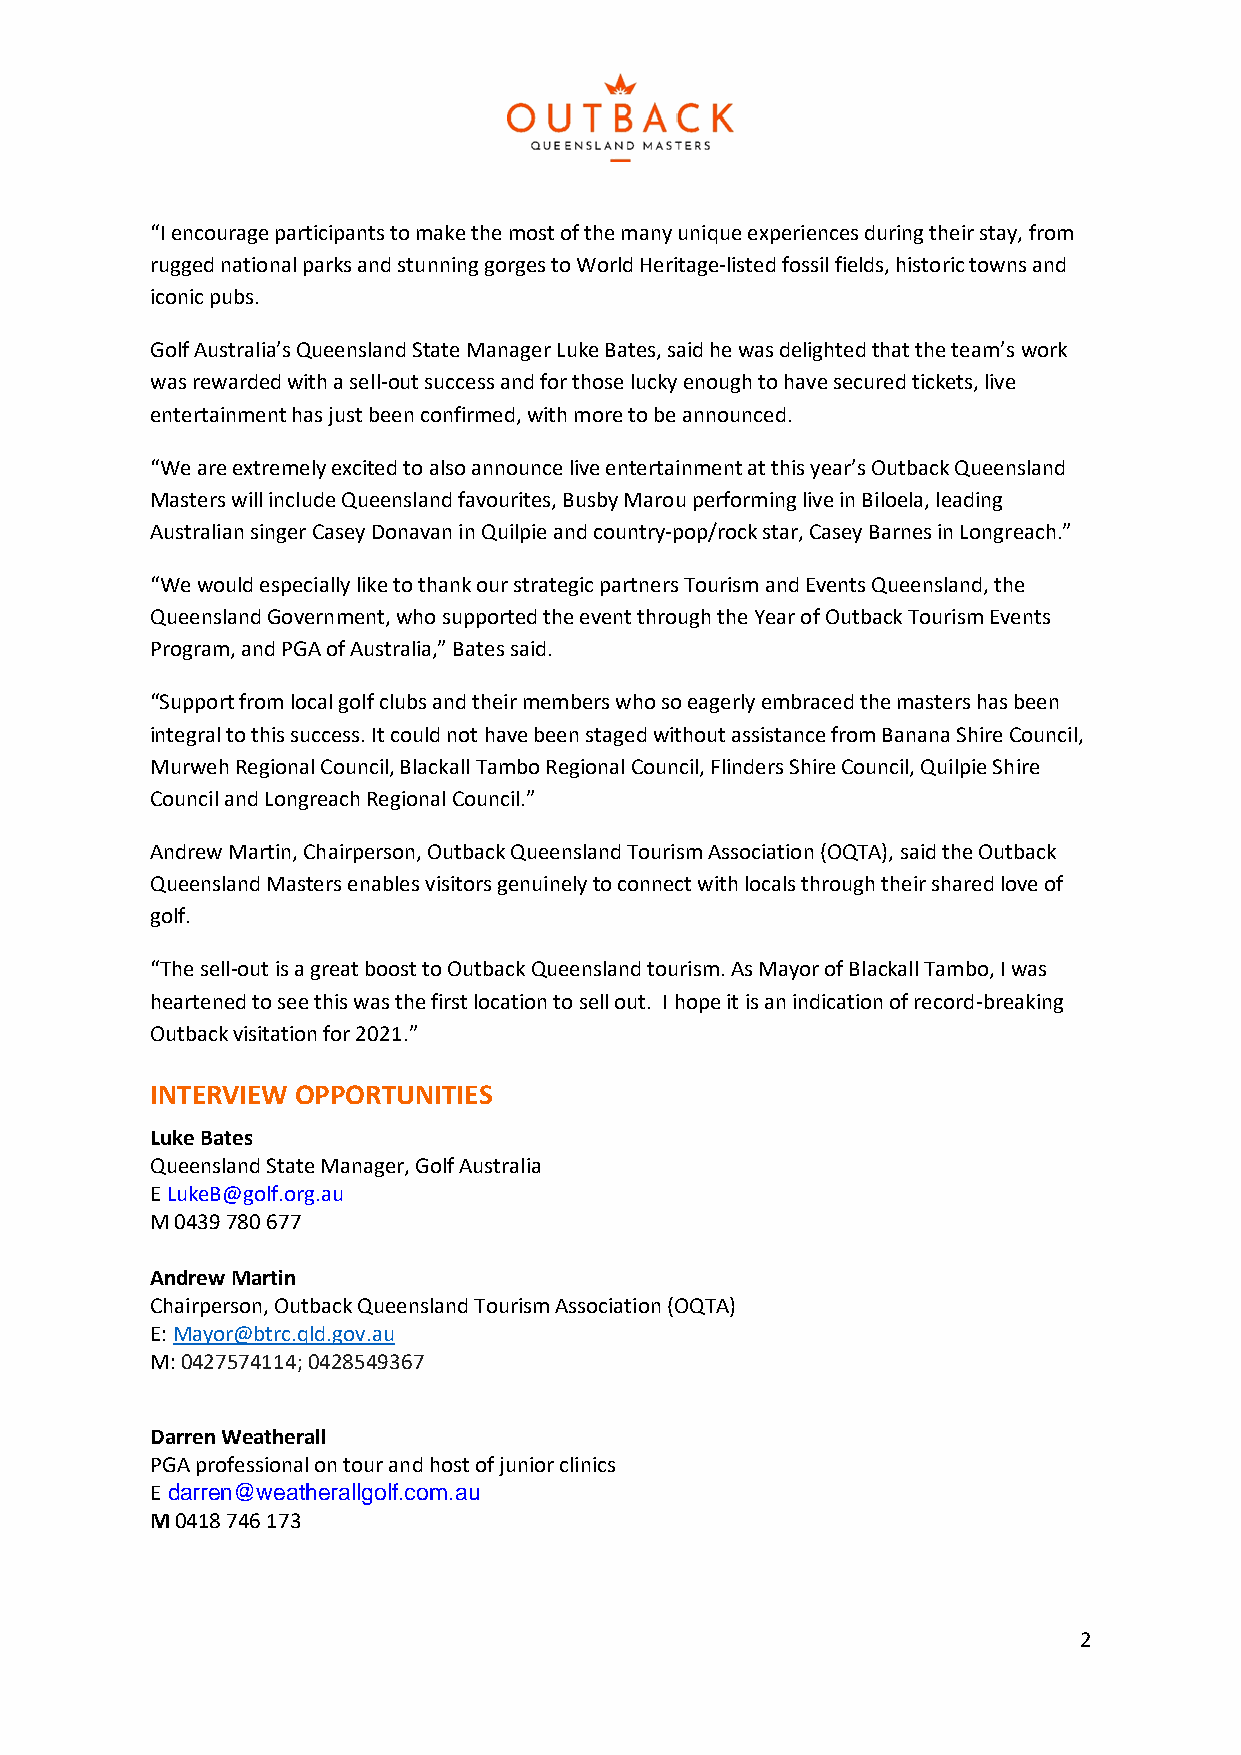
“I encourage participants to make the most of the many unique experiences during their stay, from
 rugged national parks and stunning gorges to World Heritage-listed fossil fields, historic towns and
 iconic pubs.
 Golf Australia’s Queensland State Manager Luke Bates, said he was delighted that the team’s work
 was rewarded with a sell-out success and for those lucky enough to have secured tickets, live
 entertainment has just been confirmed, with more to be announced.
 “We are extremely excited to also announce live entertainment at this year’s Outback Queensland
 Masters will include Queensland favourites, Busby Marou performing live in Biloela, leading
 Australian singer Casey Donavan in Quilpie and country-pop/rock star, Casey Barnes in Longreach.”
 “We would especially like to thank our strategic partners Tourism and Events Queensland, the
 Queensland Government, who supported the event through the Year of Outback Tourism Events
 Program, and PGA of Australia,” Bates said.
 “Support from local golf clubs and their members who so eagerly embraced the masters has been
 integral to this success. It could not have been staged without assistance from Banana Shire Council,
 Murweh Regional Council, Blackall Tambo Regional Council, Flinders Shire Council, Quilpie Shire
 Council and Longreach Regional Council.”
 Andrew Martin, Chairperson, Outback Queensland Tourism Association (OQTA), said the Outback
 Queensland Masters enables visitors genuinely to connect with locals through their shared love of
 golf.
 “The sell-out is a great boost to Outback Queensland tourism. As Mayor of Blackall Tambo, I was
 heartened to see this was the first location to sell out. I hope it is an indication of record-breaking
 Outback visitation for 2021.”
 INTERVIEW OPPORTUNITIES
 Luke Bates
 Queensland State Manager, Golf Australia
 E LukeB@golf.org.au
 M 0439 780 677
 Andrew Martin
 Chairperson, Outback Queensland Tourism Association (OQTA)
 E: Mayor@btrc.qld.gov.au
 M: 0427574114; 0428549367
 Darren Weatherall
 PGA professional on tour and host of junior clinics
 E darren@weatherallgolf.com.au
 M 0418 746 173
 2